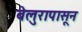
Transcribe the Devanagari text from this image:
बेलुरापासून